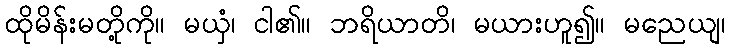
ထိုမိန်းမတို့ကို။ မယှံ၊ ငါ၏။ ဘရိယာတိ၊ မယားဟူ၍။ မညေယျ၊